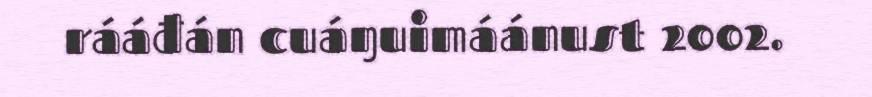
rááđán cuáŋuimáánust 2002.